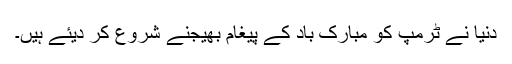
دنیا نے ٹرمپ کو مبارک باد کے پیغام بھیجنے شروع کر دیئے ہیں۔